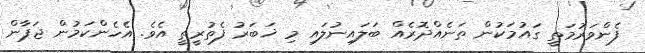
ފެންވަރުމަތީ ގައުމަކުން ތަނެއްދޮރެއް ބަލައިނުލައި މި ޚަބަރު ފެތުރީތީ އެވެ. އެހެންކަމުން ޖަޕާން